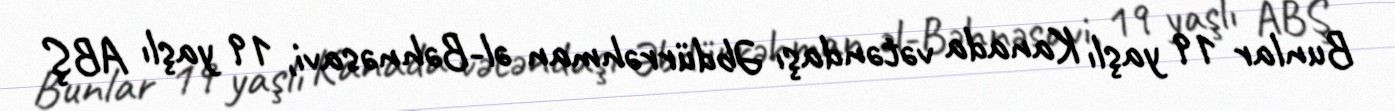
Bunlar 19 yaşlı Kanada vətəndaşı Əbdürrəhman əl-Bəhnəsavi, 19 yaşlı ABŞ